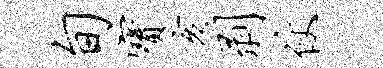
旬宝亥剥仗